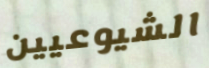
الشيوعيين